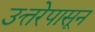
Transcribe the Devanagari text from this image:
उत्तरेपासून